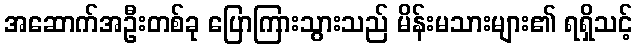
အဆောက်အဦးတစ်ခု ပြောကြားသွားသည် မိန်းမသားများ၏ ရရှိသင့်